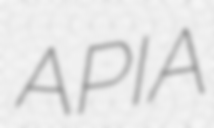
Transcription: APIA